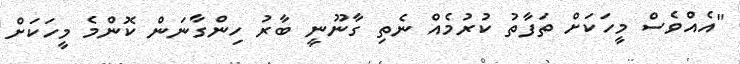
"އެއްވެސް މީހަކަށް ތަފާތު ކުރުމެއް ނެތި ގާނޫނީ ބާރު ހިންގާނަން ކޮންމެ މީހަކަށް